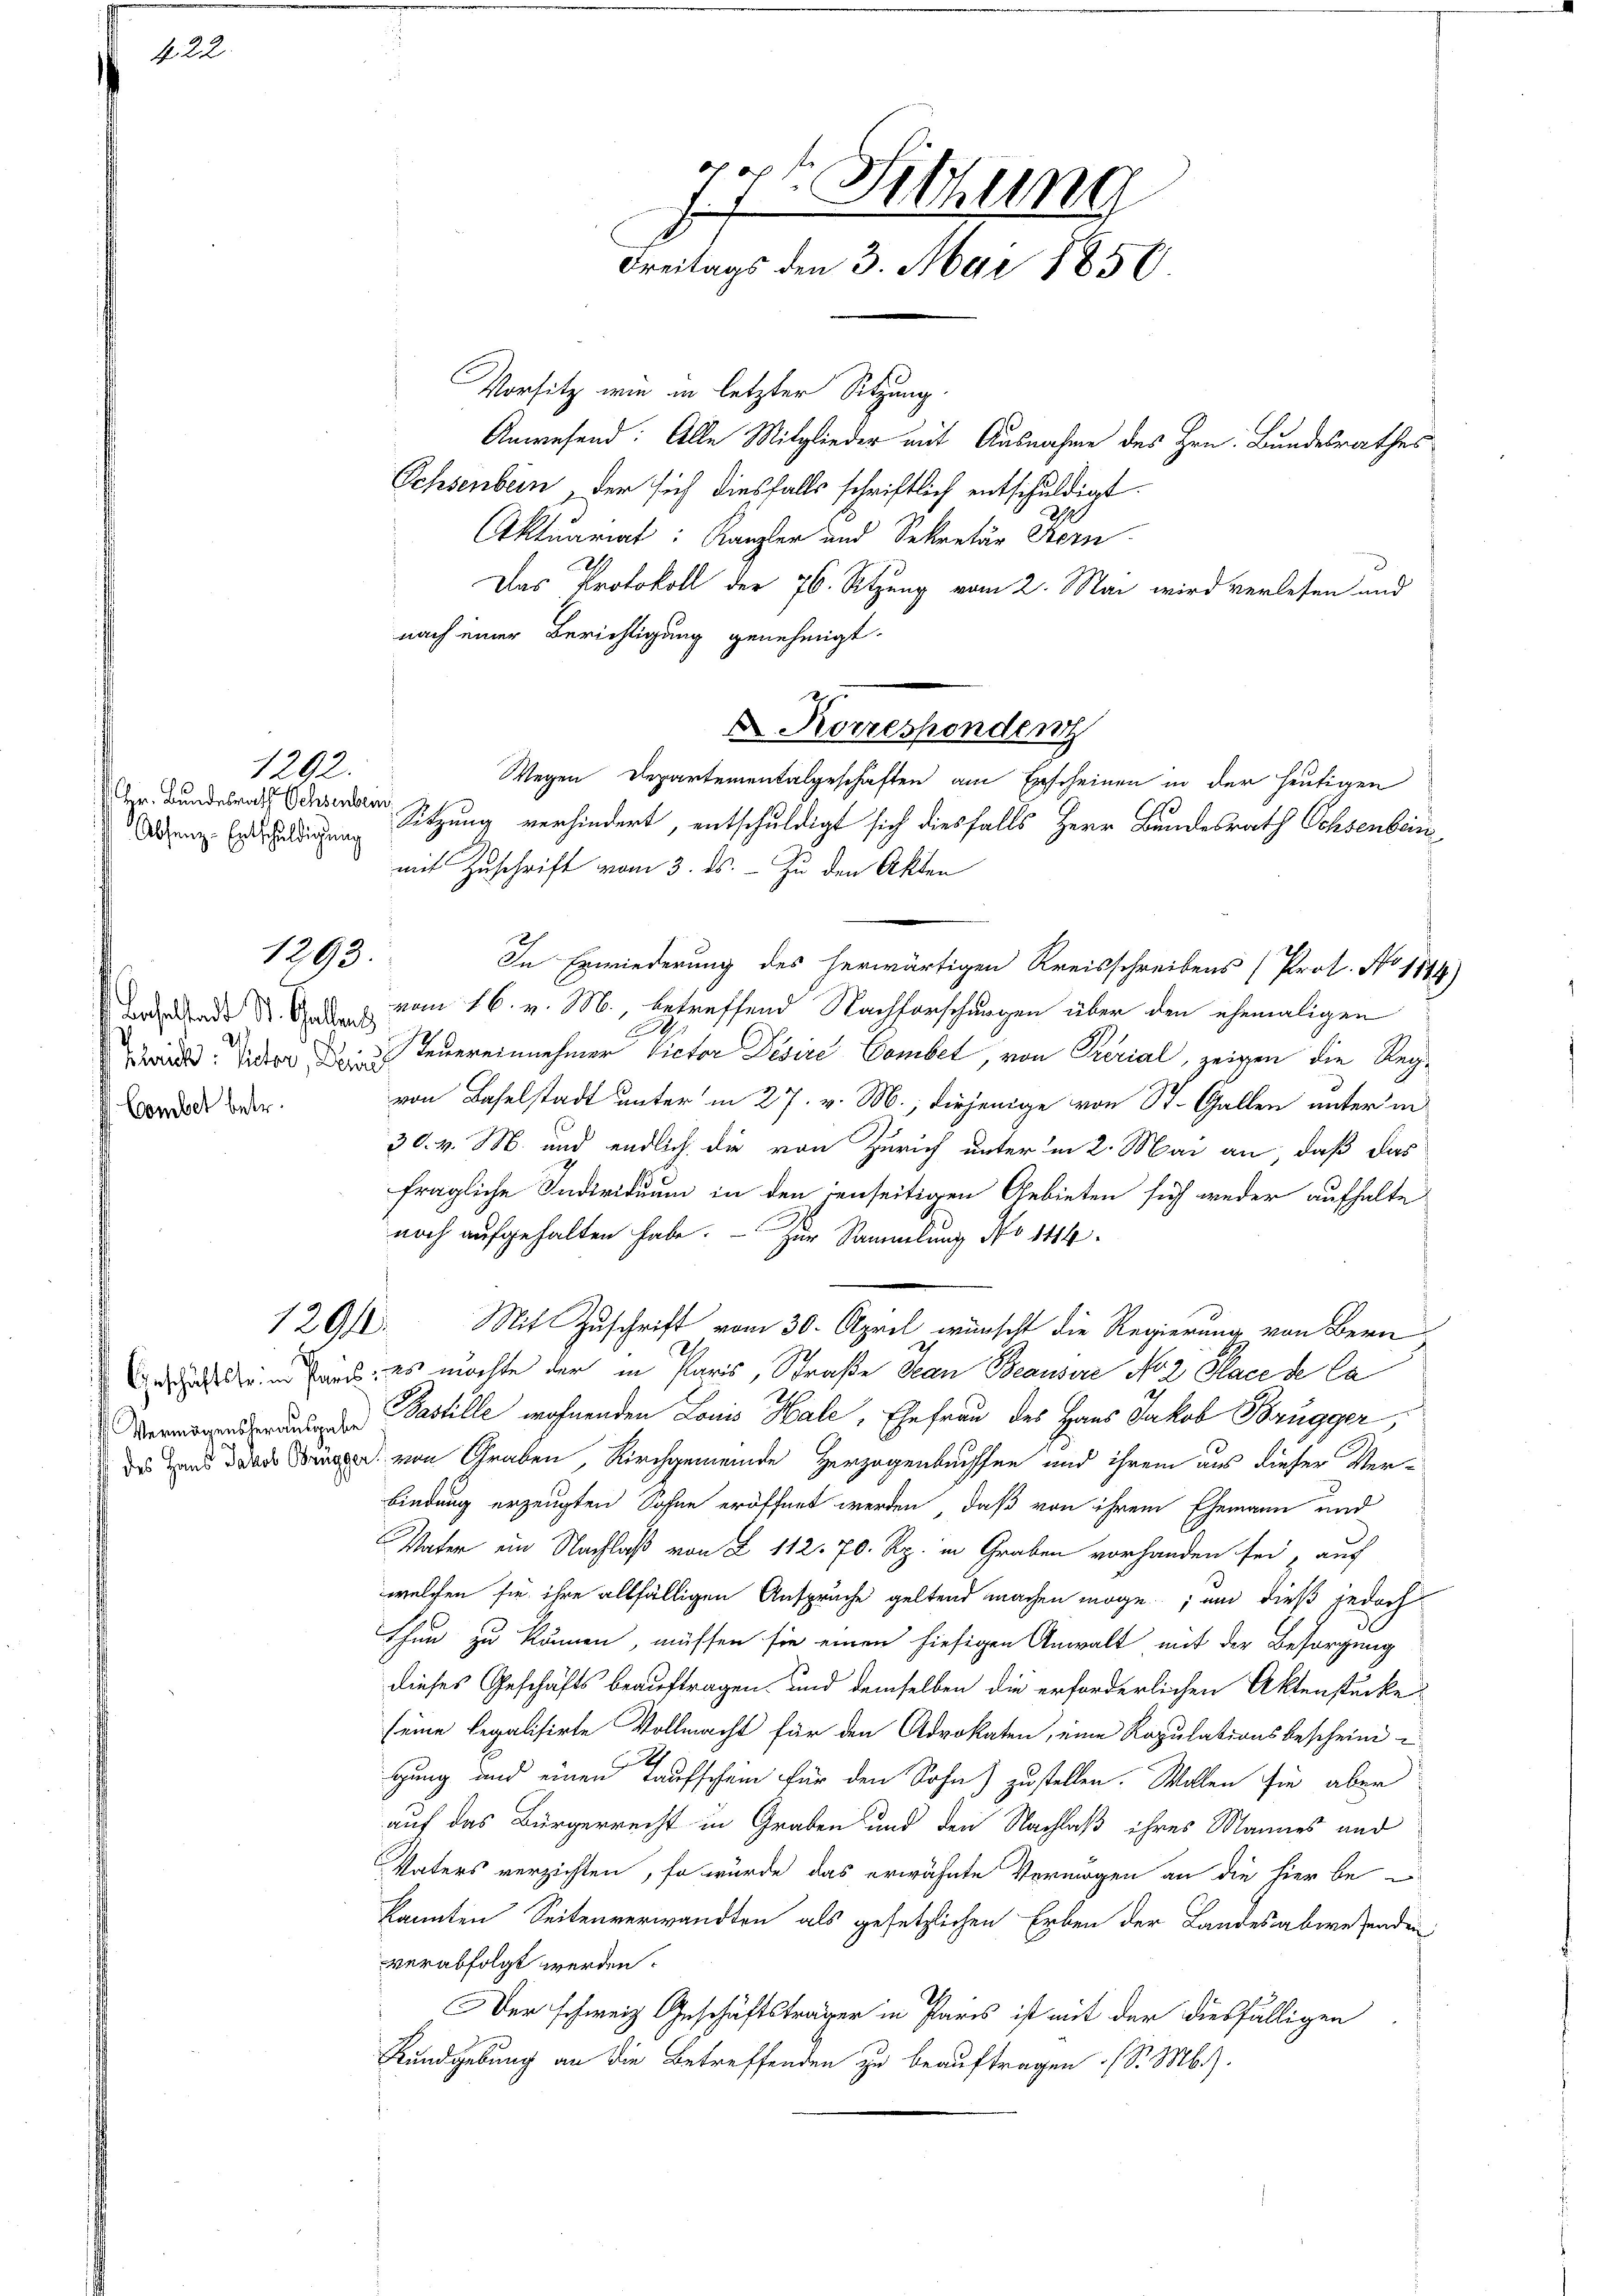
N 22

Hr. Bundesrath Ochsenbein

Plaide. Rector, Deine
Combet betr.

1202.

1293.

Vorsitz wie in letzter Sitzung.
Anwesend: Alle Mitglieder mit Ausnahme des Hrn. Bundesrathes
Ochsenbern, der sich diesfalls schriftlich entschuldigt.
Aktuariat: Kanzler und Sekretär Korn
Das Protokoll der 76. Sitzung vom 2. Mai wird verlesen und
nach einer Berichtigung genehmigt.
Ddenz Eigen Sitzung verhindert, entschuldigt sich diesfalls Herr Bundesrath Ochsenbein
mit Zuschrift vom 3. ds. — Zu den Akten
In Erwiederung des herwärtigen Kreisschreibens (Prot. No 1144.
nd     vom 16. v. M., betreffend Nachforschungen über den ehemaligen
2
Feuereinnehmer Victor Desire Combet, von Prerial, zeigen die Regvon Baselstadt unter in 27. v. M., diejenige von St. Gallen unter in
30. v. M. und endlich die von Zürich unter’m 2. Mai an, daß das
fragliche Individuum in den jenseitigen Gebieten sich weder aufhalte
noch aufgehalten habe. - Zur Sammlung No 144.
129. Mit Zuschrift vom 30. April wünscht die Regierung von Bern
dlein Haus, es möchte der in Paris, Straße an Beausere No. 2. Place de Ca
enden Bastille wohnenden Louis Hale, Ehefrau des Haus Jakob Brugger,
  von Graben, Kirchgemeinde Herzogenbachsen und ihrem aus dieser Ver-
bindung erzeugten Sohne eröffnet werden, daß von ihrem Ehemann und
Vater ein Nachlaß von L. 112. 70. Rp. in Graben vorhanden sei auf
welchen sie ihre allfälligen Anspruche geltend machen möge, und dieß jedoch
thun zu können, müssen sie einen hiesigen Anwalt mit der Besorgung
dieses Geschäfts beauftragen und demselben die erforderlichen Aktenstücke
seine legalisirte Vollmacht für den Advokaten, eine Rapulationsbeschein¬
.
gung und einen Taufschein für den Sohn) zustellen. Wollen sie aber
auf das Bürgerrecht in Graben und den Nachlaß ihres Mannes und
Vaters verzichten, so würde das erwähnte Vermögen an die hier be
kannten Seitenverwandten als gesetzlichen Erben der Landesabwesenden
verabfolgt werden.
Der schweiz Geschäftsträger in Paris ist mit der diesfälligen
Kundgebung an die Betreffenden zu beauftragen (S. M.).

77t Sethung
Freitags den 3. Mai 1856.

Korresponden
Wegen Departementalgeschäften am Erscheinen in der heutigen

6